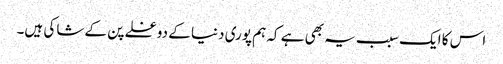
اس کا ایک سبب یہ بھی ہے کہ ہم پوری دنیا کے دوغلے پن کے شاکی ہیں۔